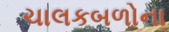
ચાલકબળોના